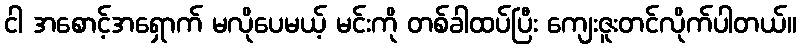
ငါ အစောင့်အရှောက် မလိုပေမယ့် မင်းကို တစ်ခါထပ်ပြီး ကျေးဇူးတင်လိုက်ပါတယ်။